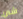
شئ